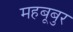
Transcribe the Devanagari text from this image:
महबूबुर